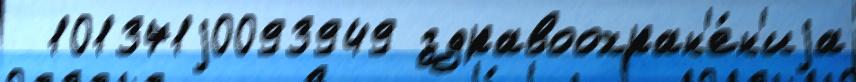
  101371j0093949 здравоохран'е́н'иjа